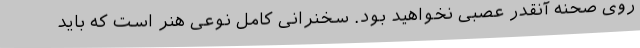
روی صحنه آنقدر عصبی نخواهید بود. سخنرانی کامل نوعی هنر است که باید